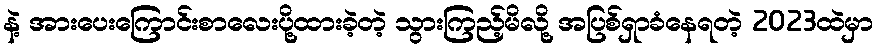
နဲ့ အားပေးကြောင်းစာလေးပို့ထားခဲ့တဲ့ သွားကြည့်မိလို့ အပြစ်ရှာခံနေရတဲ့ 2023ထဲမှာ